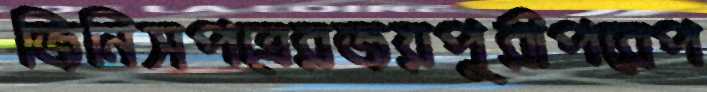
জিনিসপত্রেরজয়পুরীপরেপ